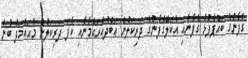
ގެފާނުގެ ބައްޕާފުޅު ގެފާނާއި އެކަލޭގެފާނުގެ ދަރިކަލުން ޢަބްދުއްރަޙްމާނާއި ކާފަ ދަރިކަލުން މުޙައްމަދު ބުނު